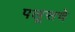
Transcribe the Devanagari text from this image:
पलूसचे